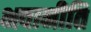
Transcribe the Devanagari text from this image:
भवानीति